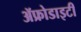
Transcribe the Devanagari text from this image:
ॲफ्रोडाइटी